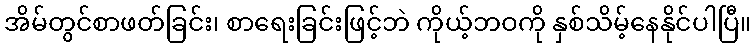
အိမ်တွင်စာဖတ်ခြင်း၊ စာရေးခြင်းဖြင့်ဘဲ ကိုယ့်ဘဝကို နှစ်သိမ့်နေနိုင်ပါပြီ။